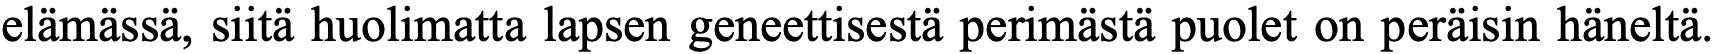
elämässä, siitä huolimatta lapsen geneettisestä perimästä puolet on peräisin häneltä.